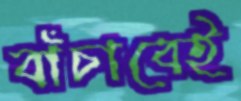
বাঁচাবেই